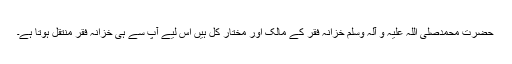
حضرت محمدصلی اللہ علیہ و آلہٖ وسلم خزانہ فقر کے مالک اور مختارِ کُل ہیں اس لیے آپ سے ہی خزانہ فقر منتقل ہوتا ہے۔